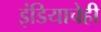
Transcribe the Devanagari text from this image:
इंडियाचेही